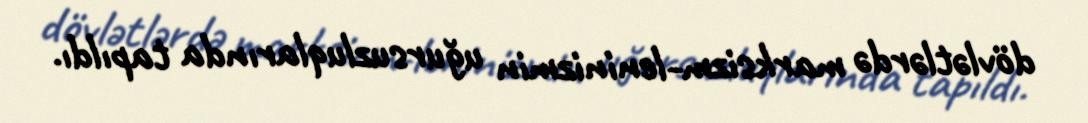
dövlətlərdə marksizm-leninizmin uğursuzluqlarında tapıldı.